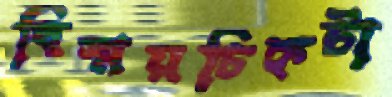
বিস্ময়চিহ্নটা